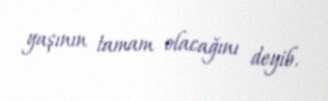
yaşının tamam olacağını deyib.